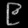
Digit: ၉